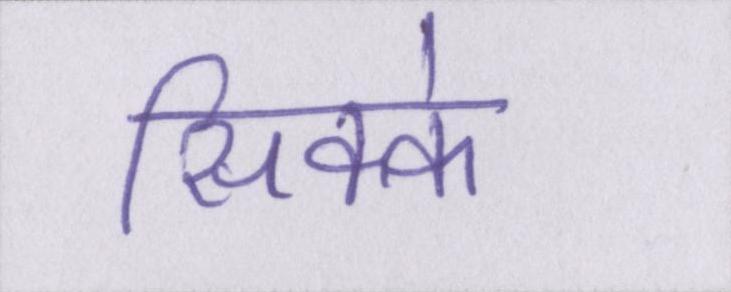
सिक्के